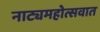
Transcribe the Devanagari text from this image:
नाट्यमहोत्सवात